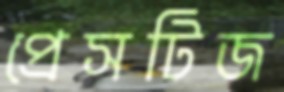
প্রেসটিজ